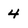
Character: 4